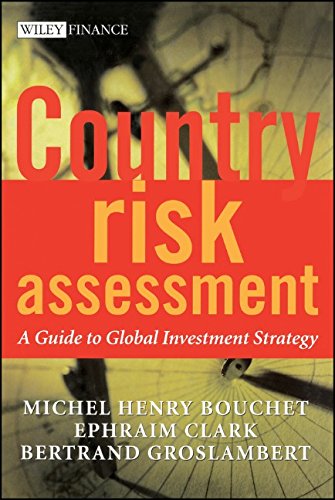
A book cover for Country Risk Assessment: A Guide to Global Investment Strategy; Michel Henry Bouchet; Business & Money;